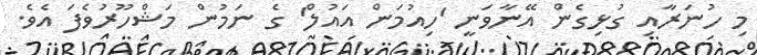
މި ހުނަރާއި ގުޅިގެން އޭނާވަނީ 'ހިއުމަން އައުލް' ގެ ނަމުން މަޝްހޫރުވެފަ އެވެ.